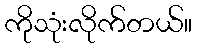
ကိုသုံးလိုက်တယ်။